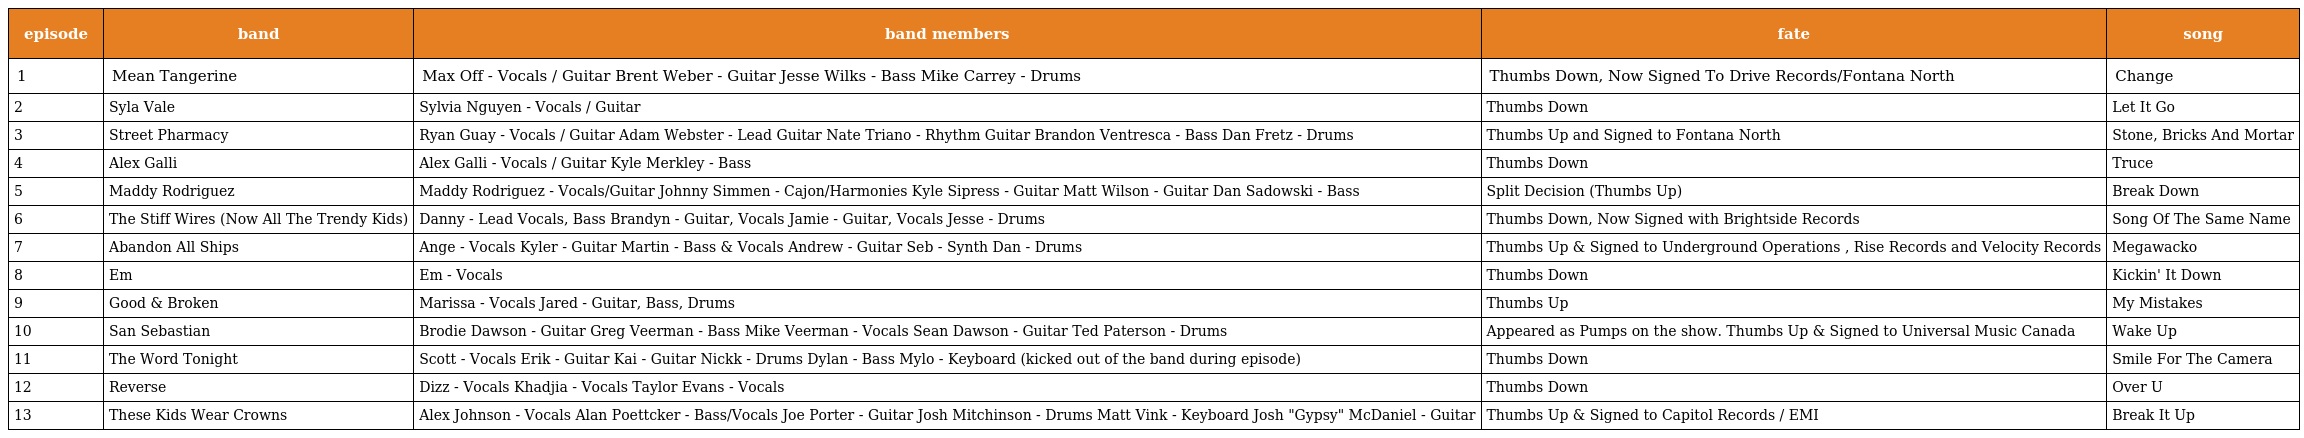
| episode | band | band members | fate | song |
 | --- | --- | --- | --- | --- |
 | 1 | Mean Tangerine | Max Off - Vocals / Guitar Brent Weber - Guitar Jesse Wilks - Bass Mike Carrey - Drums | Thumbs Down, Now Signed To Drive Records/Fontana North | Change |
 | 2 | Syla Vale | Sylvia Nguyen - Vocals / Guitar | Thumbs Down | Let It Go |
 | 3 | Street Pharmacy | Ryan Guay - Vocals / Guitar Adam Webster - Lead Guitar Nate Triano - Rhythm Guitar Brandon Ventresca - Bass Dan Fretz - Drums | Thumbs Up and Signed to Fontana North | Stone, Bricks And Mortar |
 | 4 | Alex Galli | Alex Galli - Vocals / Guitar Kyle Merkley - Bass | Thumbs Down | Truce |
 | 5 | Maddy Rodriguez | Maddy Rodriguez - Vocals/Guitar Johnny Simmen - Cajon/Harmonies Kyle Sipress - Guitar Matt Wilson - Guitar Dan Sadowski - Bass | Split Decision (Thumbs Up) | Break Down |
 | 6 | The Stiff Wires (Now All The Trendy Kids) | Danny - Lead Vocals, Bass Brandyn - Guitar, Vocals Jamie - Guitar, Vocals Jesse - Drums | Thumbs Down, Now Signed with Brightside Records | Song Of The Same Name |
 | 7 | Abandon All Ships | Ange - Vocals Kyler - Guitar Martin - Bass & Vocals Andrew - Guitar Seb - Synth Dan - Drums | Thumbs Up & Signed to Underground Operations , Rise Records and Velocity Records | Megawacko |
 | 8 | Em | Em - Vocals | Thumbs Down | Kickin' It Down |
 | 9 | Good & Broken | Marissa - Vocals Jared - Guitar, Bass, Drums | Thumbs Up | My Mistakes |
 | 10 | San Sebastian | Brodie Dawson - Guitar Greg Veerman - Bass Mike Veerman - Vocals Sean Dawson - Guitar Ted Paterson - Drums | Appeared as Pumps on the show. Thumbs Up & Signed to Universal Music Canada | Wake Up |
 | 11 | The Word Tonight | Scott - Vocals Erik - Guitar Kai - Guitar Nickk - Drums Dylan - Bass Mylo - Keyboard (kicked out of the band during episode) | Thumbs Down | Smile For The Camera |
 | 12 | Reverse | Dizz - Vocals Khadjia - Vocals Taylor Evans - Vocals | Thumbs Down | Over U |
 | 13 | These Kids Wear Crowns | Alex Johnson - Vocals Alan Poettcker - Bass/Vocals Joe Porter - Guitar Josh Mitchinson - Drums Matt Vink - Keyboard Josh "Gypsy" McDaniel - Guitar | Thumbs Up & Signed to Capitol Records / EMI | Break It Up |